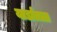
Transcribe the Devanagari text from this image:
यार्डातला